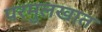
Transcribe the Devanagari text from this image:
परमुलखात